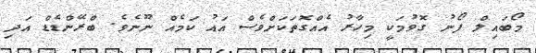
މޯބައިލް ފޯނު ގޮވުމަކީ މިހާރު އެއްގޮތަކަށްވެސް އައު ކަމެއް ނޫނެވެ. ބްރޭންޑެޑް އަދި